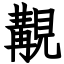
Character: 覯